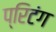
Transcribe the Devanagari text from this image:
प्रिटंग